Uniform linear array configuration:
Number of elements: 12
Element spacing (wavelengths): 0.5
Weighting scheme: uniform
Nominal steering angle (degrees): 30
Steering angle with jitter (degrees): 30.373
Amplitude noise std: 0.05
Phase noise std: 0.05

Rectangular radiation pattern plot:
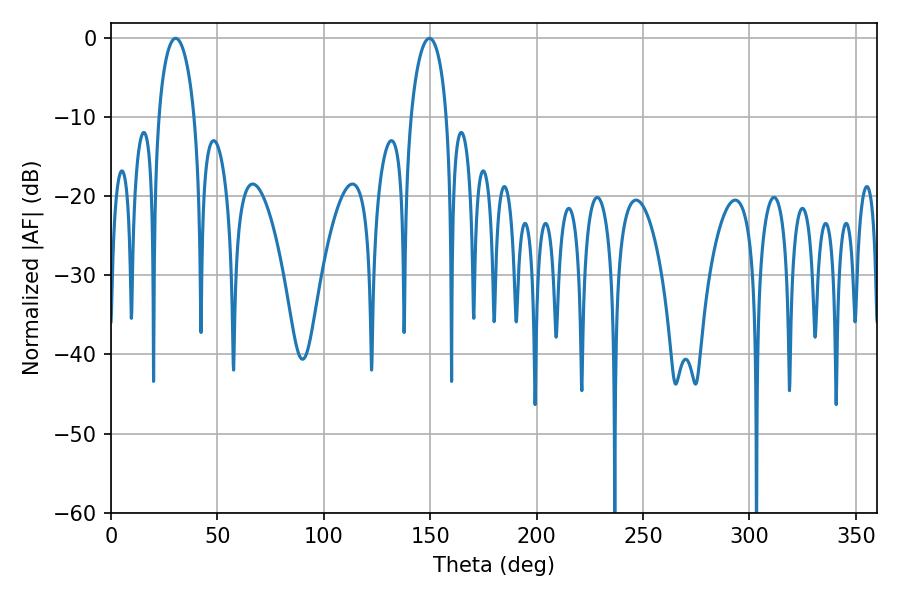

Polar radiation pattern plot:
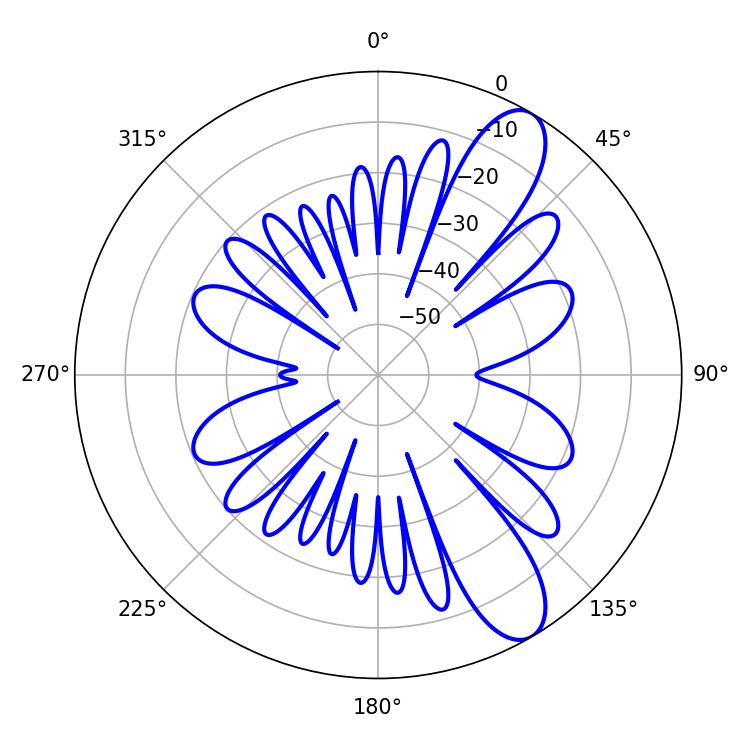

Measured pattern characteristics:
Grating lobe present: FALSE
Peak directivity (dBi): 10.226
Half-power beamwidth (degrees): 9.54
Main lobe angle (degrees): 30.42